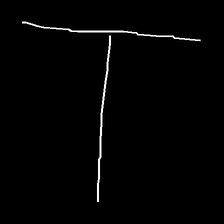
Glyph: column